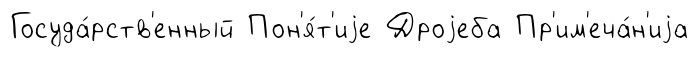
Госуда́рств'енный Пон'я́т'иjе Дроjеба Пр'им'еча́н'иjа